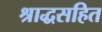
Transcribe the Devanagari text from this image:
श्राद्धसहित